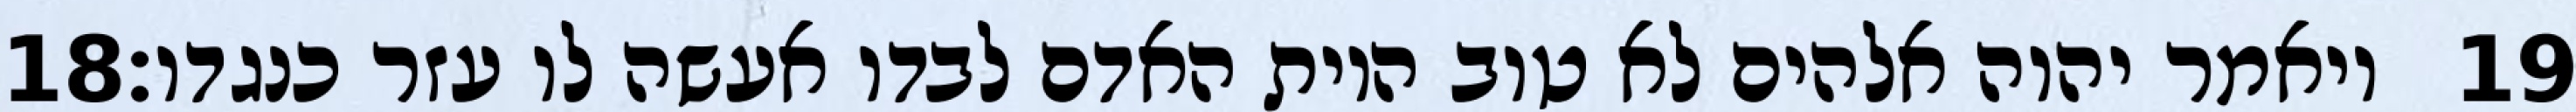
‎18‏ ויאמר יהוה אלהים לא טוב היות האדם לבדו אעשה לו עזר כנגדו׃ ‎19‏